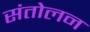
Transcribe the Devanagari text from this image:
संतोलन